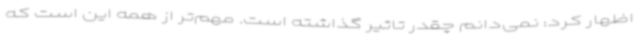
اظهار کرد: نمی‌دانم چقدر تاثیر گذاشته است. مهم‌تر از همه این است که